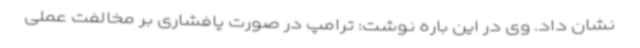
نشان داد. وی در این باره نوشت: ترامپ در صورت پافشاری بر مخالفت عملی